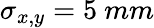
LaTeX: \sigma_{x,y}=5~mm